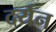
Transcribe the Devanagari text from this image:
दर्यन